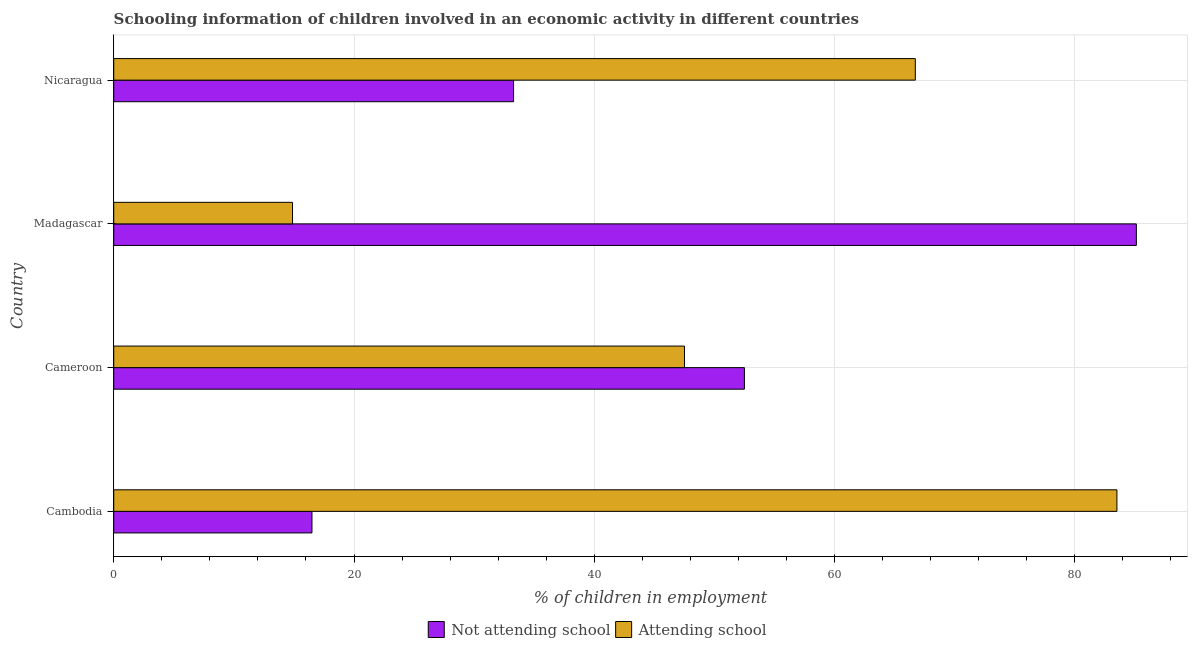
| Country | Not attending school | Attending school |
 | --- | --- | --- |
 | Cambodia | 16.5 | 83.5 |
 | Cameroon | 52.5 | 47.5 |
 | Madagascar | 85.1 | 14.9 |
 | Nicaragua | 33.3 | 66.7 |